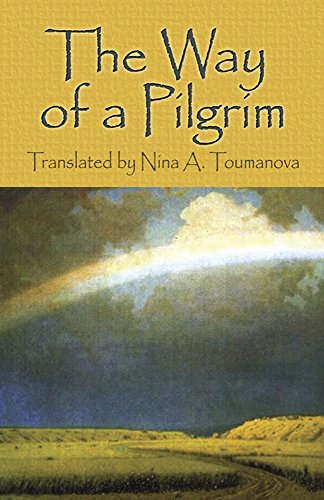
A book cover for The Way of a Pilgrim; Christian Books & Bibles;